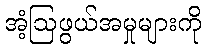
အံ့ဩဖွယ်အမှုများကို